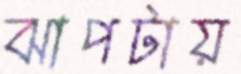
ঝাপটায়